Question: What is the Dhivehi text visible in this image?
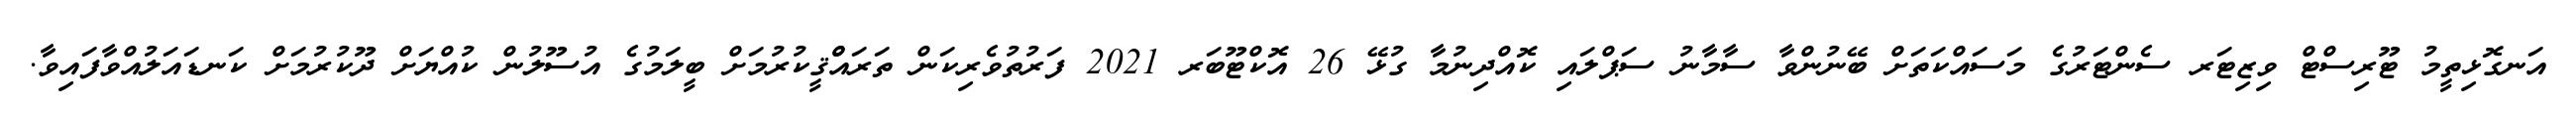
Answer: އަނގޮޅިތީމު ޓޫރިސްޓް ވިޒިޓަރ ސެންޓަރުގެ މަސައްކަތަށް ބޭނުންވާ ސާމާނު ސަޕްލައި ކޮއްދިނުމާ ގުޅޭ 26 އޮކްޓޫބަރ 2021 ފަރުތުވެރިކަން ތަރައްްޤީކުރުމަށް ބީލަމުގެ އުސޫލުން ކުއްޔަށް ދޫކުރުމަށް ކަނޑައަލުއްވާފައިވާ.